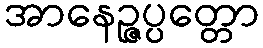
အာနေဉ္ဇပ္ပတ္တော